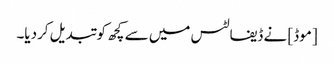
[موڈ] نے ڈیفالٹس میں سے کچھ کو تبدیل کردیا۔